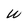
Character: W